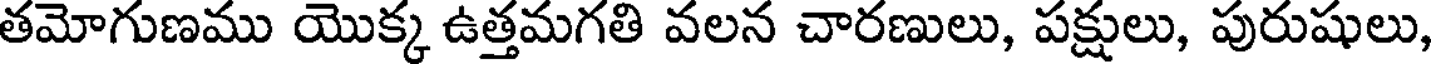
తమోగుణము యొక్క ఉత్తమగతి వలన చారణులు, పక్షులు, పురుషులు,